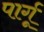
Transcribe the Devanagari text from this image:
पार्गू